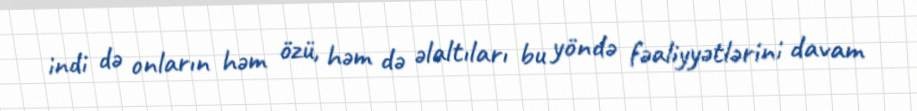
indi də onların həm özü, həm də əlaltıları bu yöndə fəaliyyətlərini davam